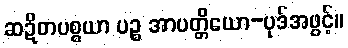
ဆဍိတပစ္စယာ ပဉ္စ အာပတ္တိယော-ပုဒ်အဖွင့်။